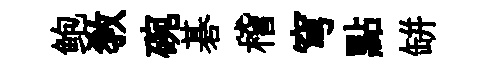
鲍敎碗碁稽穹點缾